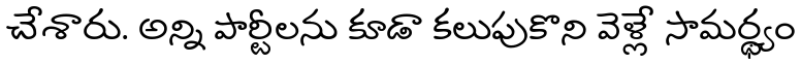
చేశారు. అన్ని పార్టీలను కూడా కలుపుకొని వెళ్లే సామర్థ్యం